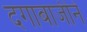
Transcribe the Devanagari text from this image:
दगाबाजीने